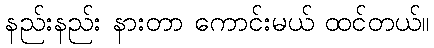
နည်းနည်း နားတာ ကောင်းမယ် ထင်တယ်။